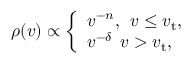
\rho ( v ) \propto \left\{ \begin{array} { l l } { v ^ { - n } , \: \: v \leq v _ { \mathrm { t } } , } \\ { v ^ { - \delta } \: \: v > v _ { \mathrm { t } } , } \end{array} \right.